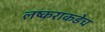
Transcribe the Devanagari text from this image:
लष्कराकडेच